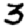
Digit: 3